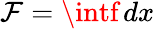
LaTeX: \textstyle\mathcal{F}=\intf\, dx